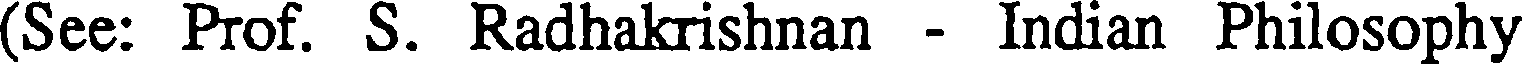
(See: Prof. S. Radhakrishnan - Indian Philosophy